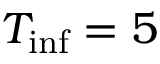
T _ { \mathrm { i n f } } = 5